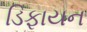
ડિફાયન